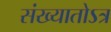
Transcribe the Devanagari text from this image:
संख्यातोऽत्र